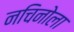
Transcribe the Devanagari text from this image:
नचिनोला